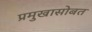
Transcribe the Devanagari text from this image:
प्रमुखासोबत